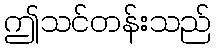
ဤသင်တန်းသည်